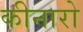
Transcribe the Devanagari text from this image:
कीनारो